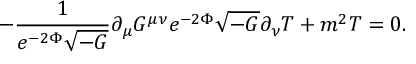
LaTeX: - \frac { 1 } { e ^ { - 2 \Phi } \sqrt { - G } } \partial _ { \mu } G ^ { \mu \nu } e ^ { - 2 \Phi } \sqrt { - G } \partial _ { \nu } T + m ^ { 2 } T = 0 .